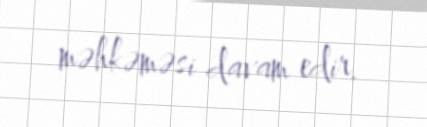
məhkəməsi davam edir.